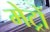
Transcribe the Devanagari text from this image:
मेट्रों